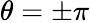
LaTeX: \theta=\pm\pi